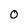
Character: 0